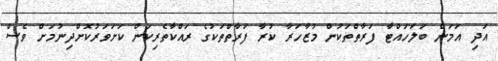
އަދި އަމަން ބަލަހައްޓާ ފަރާތްތަކުން މުޒާހަރާ ކުރާ ފަރާތްތަކުގެ ރައްކާތެރިކަން ކަށަވަރުކޮށްދިނުމަށް ވެސް